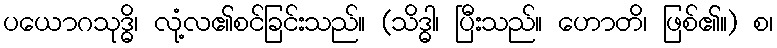
ပယောဂသုဒ္ဓိ၊ လုံ့လ၏စင်ခြင်းသည်။ (သိဒ္ဓါ၊ ပြီးသည်။ ဟောတိ၊ ဖြစ်၏။) စ၊